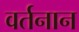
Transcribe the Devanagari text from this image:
वर्तनान